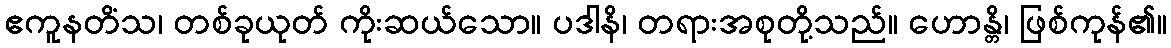
ဧကူနတိံသ၊ တစ်ခုယုတ် ကိုးဆယ်သော။ ပဒါနိ၊ တရားအစုတို့သည်။ ဟောန္တိ၊ ဖြစ်ကုန်၏။